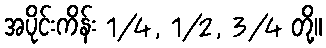
အပိုင်းကိန်း 1/4, 1/2, 3/4 တို့။